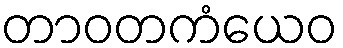
တာဝတကံယေဝ